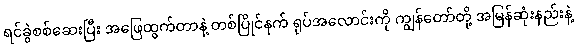
ရင်ခွဲစစ်ဆေးပြီး အဖြေထွက်တာနဲ့ တစ်ပြိုင်နက် ရုပ်အလောင်းကို ကျွန်တော်တို့ အမြန်ဆုံးနည်းနဲ့